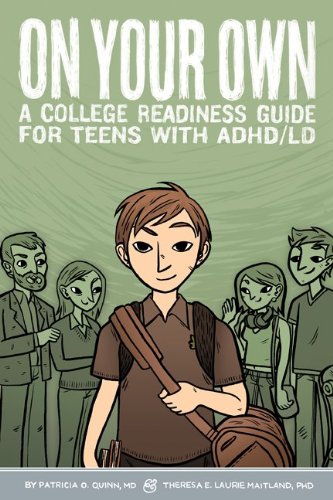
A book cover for On Your Own: A College Readiness Guide for Teens With ADHD/LD; Patricia O. Quinn; Education & Teaching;